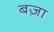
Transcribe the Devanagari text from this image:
बज़ा